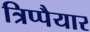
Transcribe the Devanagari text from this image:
त्रिप्पैयार